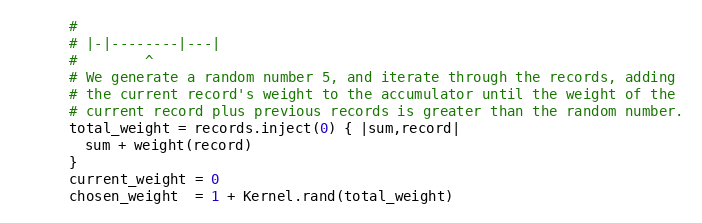
Language: Ruby
      #
      # |-|--------|---|
      #        ^
      # We generate a random number 5, and iterate through the records, adding
      # the current record's weight to the accumulator until the weight of the
      # current record plus previous records is greater than the random number.
      total_weight = records.inject(0) { |sum,record|
        sum + weight(record)
      }
      current_weight = 0
      chosen_weight  = 1 + Kernel.rand(total_weight)